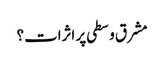
مشرق وسطی پر اثرات؟